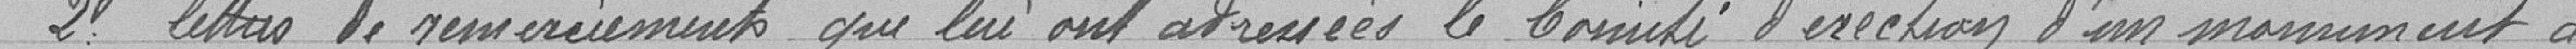
2° lettres de remerciements que lui ont adressé le comité d'érection d'un monument à